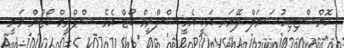
ކޮންސްޓިޓިއުޝަނަލް ލޭޔަރ އަކީ އެއީ ސްޕްރީމް ކޯޓް އެވެ. ސްޕްރީމް ކޯޓުން ވަނީ